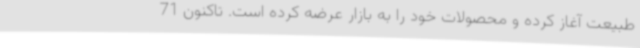
طبیعت آغاز کرده و محصولات خود را به بازار عرضه کرده است. تاکنون 71